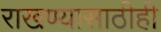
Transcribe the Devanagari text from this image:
राखण्यासाठीही